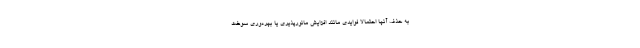
به حذف آنها احتمالا فوایدی مانند افزایش مانورپذیری یا بهره‌وری سوخت